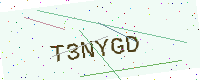
Text: T3NYGD